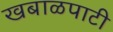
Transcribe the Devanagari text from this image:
खबाळपाटी